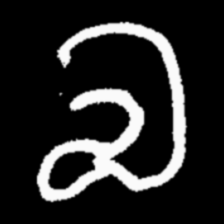
Pyu character \u2014 Myanmar letter: လ (romanized: la)